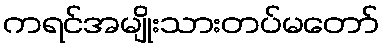
ကရင်အမျိုးသားတပ်မတော်